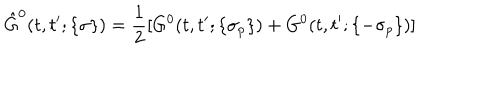
\hat { G } ^ { 0 } ( t , t ^ { \prime } ; \{ \sigma \} ) = \frac { 1 } { 2 } [ G ^ { 0 } ( t , t ^ { \prime } ; \{ \sigma _ { p } \} ) + G ^ { 0 } ( t , t ^ { \prime } ; \{ - \sigma _ { p } \} ) ]